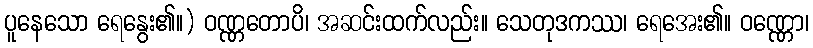
ပူနေသော ရေနွေး၏။) ဝဏ္ဏတောပိ၊ အဆင်းထက်လည်း။ သေတုဒကဿ၊ ရေအေး၏။ ဝဏ္ဏော၊